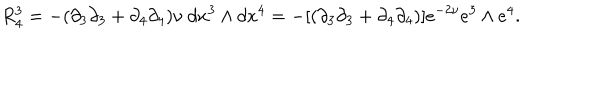
R _ { 4 } ^ { 3 } = - ( \partial _ { 3 } \partial _ { 3 } + \partial _ { 4 } \partial _ { 4 } ) \nu ~ d x ^ { 3 } \wedge d x ^ { 4 } = - [ ( \partial _ { 3 } \partial _ { 3 } + \partial _ { 4 } \partial _ { 4 } ) ] e ^ { - 2 \nu } e ^ { 3 } \wedge e ^ { 4 } .